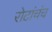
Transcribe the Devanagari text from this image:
रोटांचंच